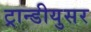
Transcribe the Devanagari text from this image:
ट्रान्डीयुसर